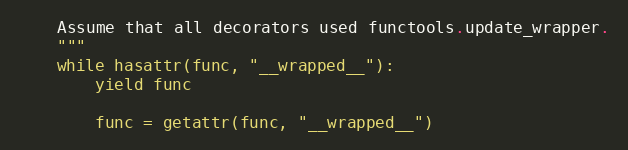
Language: Python
    Assume that all decorators used functools.update_wrapper.
    """
    while hasattr(func, "__wrapped__"):
        yield func

        func = getattr(func, "__wrapped__")